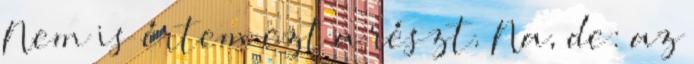
Nem is értem ezt a részt. Na, de: az